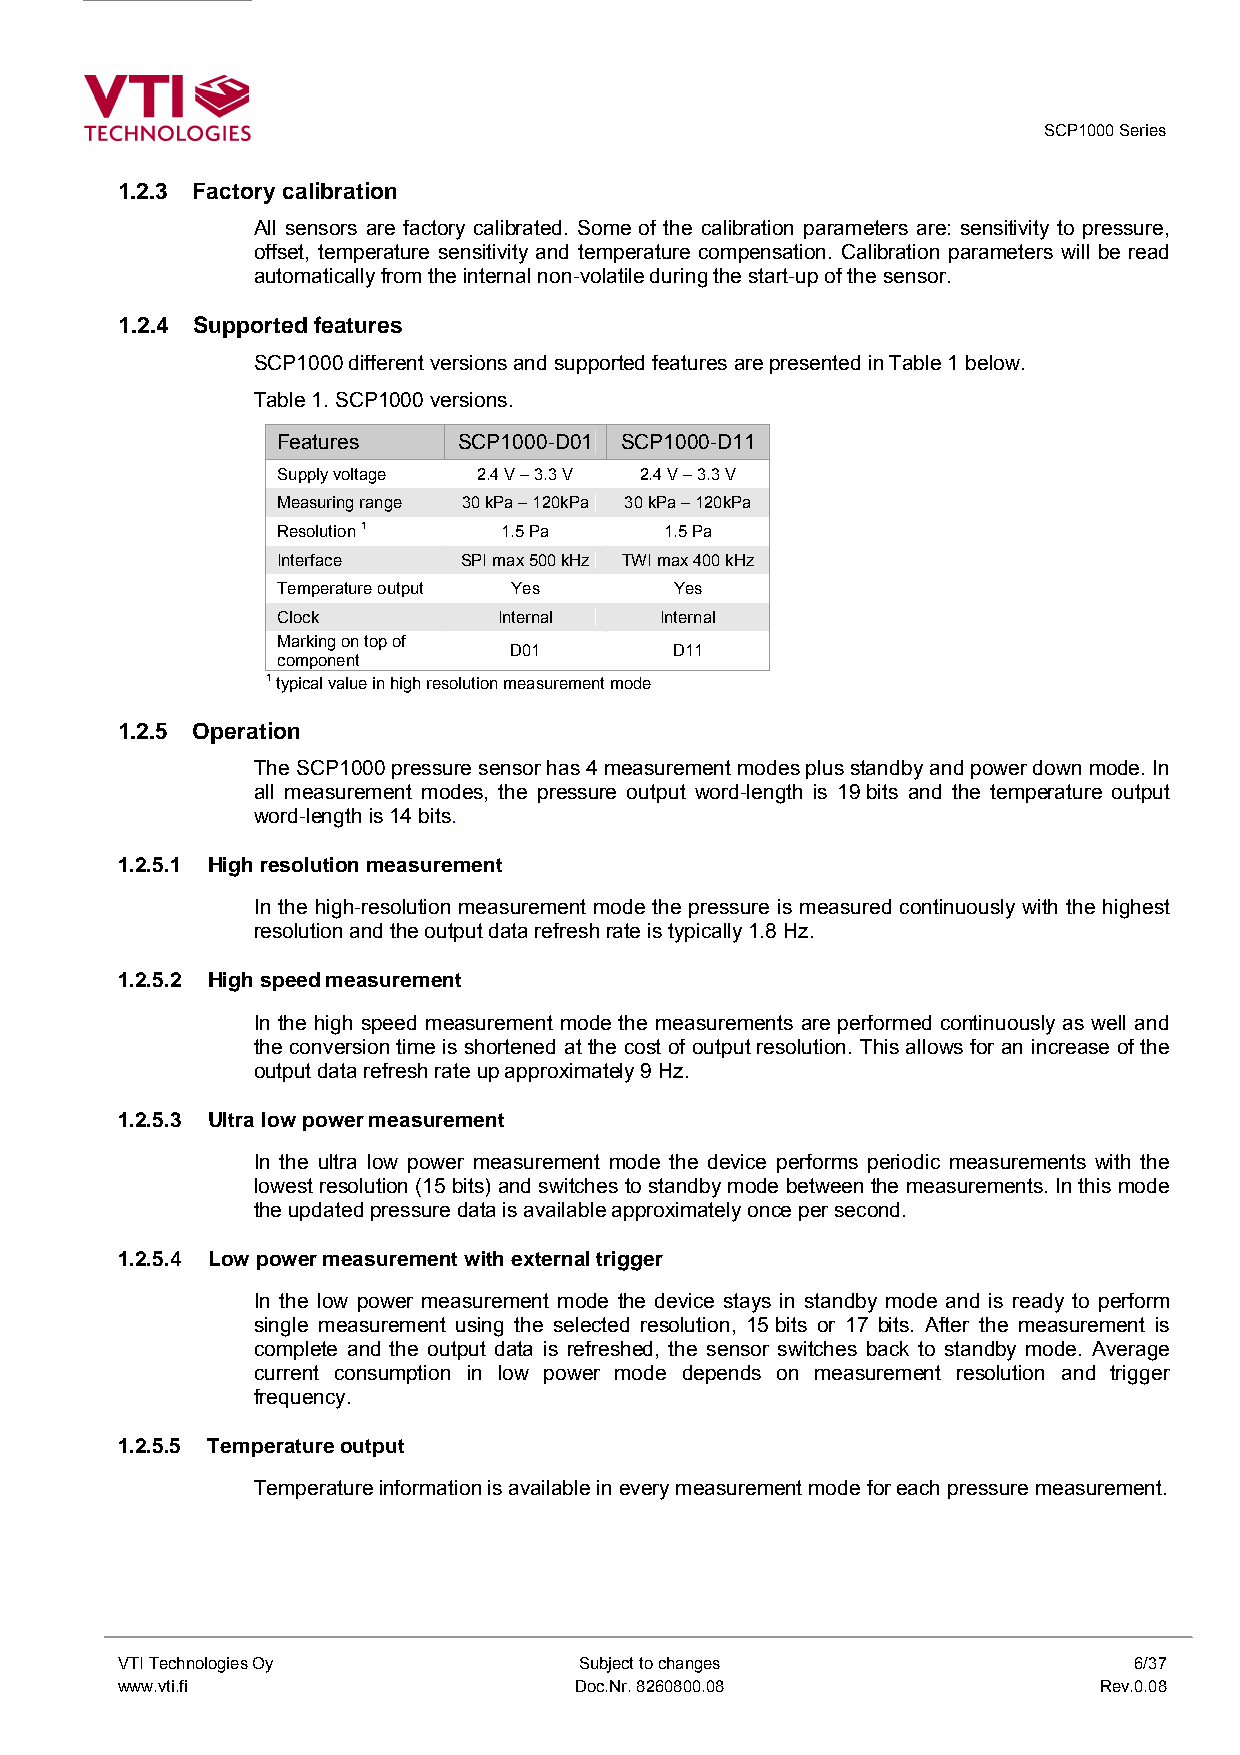
SCP1000 Series
 1.2.3 Factory calibration
 All sensors are factory calibrated. Some of the calibration parameters are: sensitivity to pressure,
 offset, temperature sensitivity and temperature compensation. Calibration parameters will be read
 automatically from the internal non-volatile during the start-up of the sensor.
 1.2.4 Supported features
 SCP1000 different versions and supported features are presented in Table 1 below.
 Table 1. SCP1000 versions.
 Features    SCP1000-D01 SCP1000-D11
 Supply voltage 2.4 V – 3.3 V 2.4 V – 3.3 V
 Measuring range 30 kPa – 120kPa 30 kPa – 120kPa
 Resolution 1   1.5 Pa     1.5 Pa
 Interface    SPI max 500 kHz TWI max 400 kHz
 Temperature output Yes     Yes
 Clock          Internal   Internal
 Marking on top of
 D01        D11
 component
 1 typical value in high resolution measurement mode
 1.2.5 Operation
 The SCP1000 pressure sensor has 4 measurement modes plus standby and power down mode. In
 all measurement modes, the pressure output word-length is 19 bits and the temperature output
 word-length is 14 bits.
 1.2.5.1 High resolution measurement
 In the high-resolution measurement mode the pressure is measured continuously with the highest
 resolution and the output data refresh rate is typically 1.8 Hz.
 1.2.5.2 High speed measurement
 In the high speed measurement mode the measurements are performed continuously as well and
 the conversion time is shortened at the cost of output resolution. This allows for an increase of the
 output data refresh rate up approximately 9 Hz.
 1.2.5.3 Ultra low power measurement
 In the ultra low power measurement mode the device performs periodic measurements with the
 lowest resolution (15 bits) and switches to standby mode between the measurements. In this mode
 the updated pressure data is available approximately once per second.
 1.2.5.4 Low power measurement with external trigger
 In the low power measurement mode the device stays in standby mode and is ready to perform
 single measurement using the selected resolution, 15 bits or 17 bits. After the measurement is
 complete and the output data is refreshed, the sensor switches back to standby mode. Average
 current consumption in low power mode depends on measurement resolution and trigger
 frequency.
 1.2.5.5 Temperature output
 Temperature information is available in every measurement mode for each pressure measurement.
 VTI Technologies Oy           Subject to changes                   6/37
 www.vti.fi                    Doc.Nr. 8260800.08                 Rev.0.08